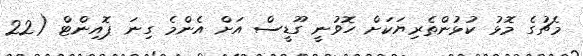
މެޗުގެ މޮޅު ކުޅުންތެރިޔަކަށް ހޮވުނީ ގޫޑީސް އަށް އެންމެ ގިނަ ޕޮއިންޓް (22